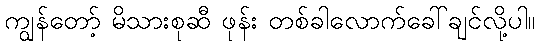
ကျွန်တော့် မိသားစုဆီ ဖုန်း တစ်ခါလောက်ခေါ်ချင်လို့ပါ။